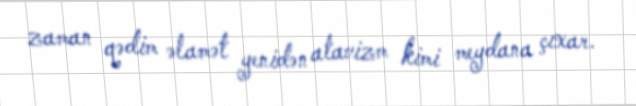
zaman qədim əlamət yenidən atavizm kimi meydana çıxar.